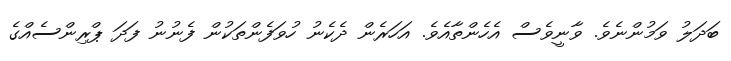
ބަދަލު ވަމުންނެވެ. ވާނީވެސް އެހެންތާއެވެ. އަހަރެން ދެކެނު ހުވަފެންތަކުން ފެނުނު ފަދަ ޕްރިންސެއްގެ